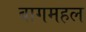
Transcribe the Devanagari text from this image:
बागमहल